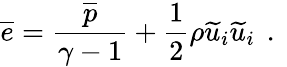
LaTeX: \overline{{e}}=\frac{\overline{{p}}}{\gamma-1}+\frac{1}{2}\rho\widetilde{u}_{i}\widetilde{u}_{i}\, \mathrm{~.~}